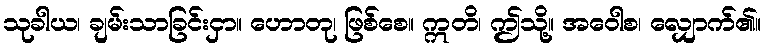
သုခါယ၊ ချမ်းသာခြင်းငှာ။ ဟောတု၊ ဖြစ်စေ။ ဣတိ၊ ဤသို့။ အဝေါစ၊ လျှောက်၏။